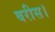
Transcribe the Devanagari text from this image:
बरीस।